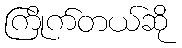
ကြိုက်တယ်ဆို